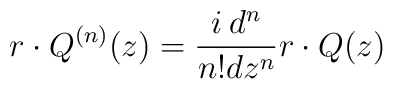
r \cdot Q^{(n)}(z) = \frac{i \: d^{n}}{n!dz^{n}}r \cdot Q(z)